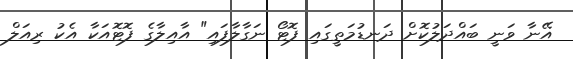
އޭނާ ވަނީ ބައްދަލުކޮށް ދަނޑުމަތީގައި ފޮޓޯ ނަގާލާފައި" އާއިލާގެ ފޮޓޮއަކާ އެކު ރިއަލް